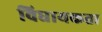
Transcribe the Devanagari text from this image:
विधायकता